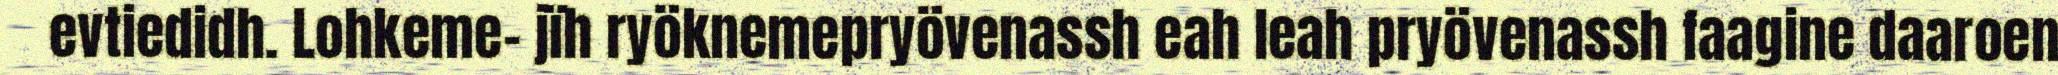
evtiedidh. Lohkeme- jïh ryöknemepryövenassh eah leah pryövenassh faagine daaroen